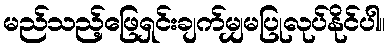
မည်သည့်ဖြေရှင်းချက်မျှမပြုလုပ်နိုင်ပါ။